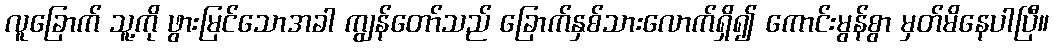
လူခြောက် သူ့ကို ဖွားမြင်သောအခါ ကျွန်တော်သည် ခြောက်နှစ်သားလောက်ရှိ၍ ကောင်းမွန်စွာ မှတ်မိနေပါပြီ။